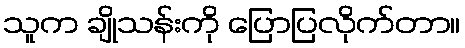
သူက ချိုသန်းကို ပြောပြလိုက်တာ။